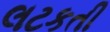
લટકતી